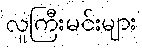
လူကြီးမင်းများ